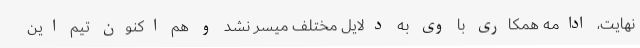
نهایت، ادامه همکاری با وی به دلایل مختلف میسر نشد و هم اکنون تیم این